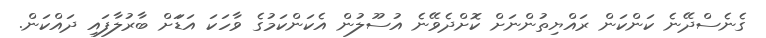
ގެނެސްދޭނެ ކަންކަން ރައްޔިތުންނަށް ކޮށްދެވޭނެ އުސޫލުން އެކަންކަމުގެ ވާހަކަ އަޑަަށް ބާރުލާފައި ދައްކަން.